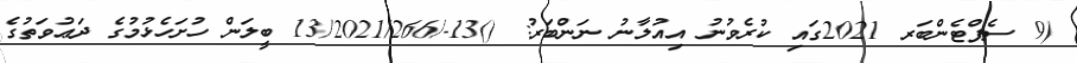
(9 ސެޕްޓެންބަރ 2021ގައި ކުރެވުނު އިއުލާނު ނަންބަރު: ()13-/13/2021/266 ބީލަން ހުށަހެޅުމުގެ ދަޢުވަތުގެ